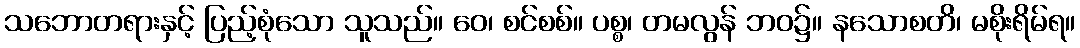
သဘောတရားနှင့် ပြည့်စုံသော သူသည်။ ဝေ၊ စင်စစ်။ ပစ္စ၊ တမလွန် ဘဝ၌။ နသောစတိ၊ မစိုးရိမ်ရ။